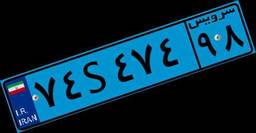
۷۴S۴۷۴۹۸